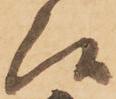
候